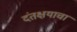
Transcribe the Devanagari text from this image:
दंतक्षयाचा